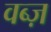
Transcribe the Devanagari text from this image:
वब्ज़